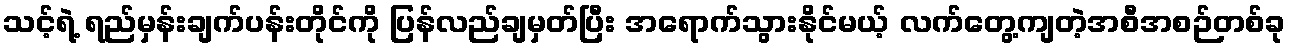
သင့်ရဲ့ ရည်မှန်းချက်ပန်းတိုင်ကို ပြန်လည်ချမှတ်ပြီး အရောက်သွားနိုင်မယ့် လက်တွေ့ကျတဲ့အစီအစဉ်တစ်ခု